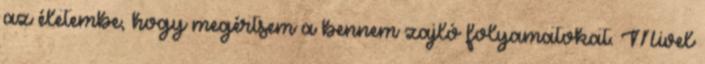
az életembe, hogy megértsem a bennem zajló folyamatokat. Mivel